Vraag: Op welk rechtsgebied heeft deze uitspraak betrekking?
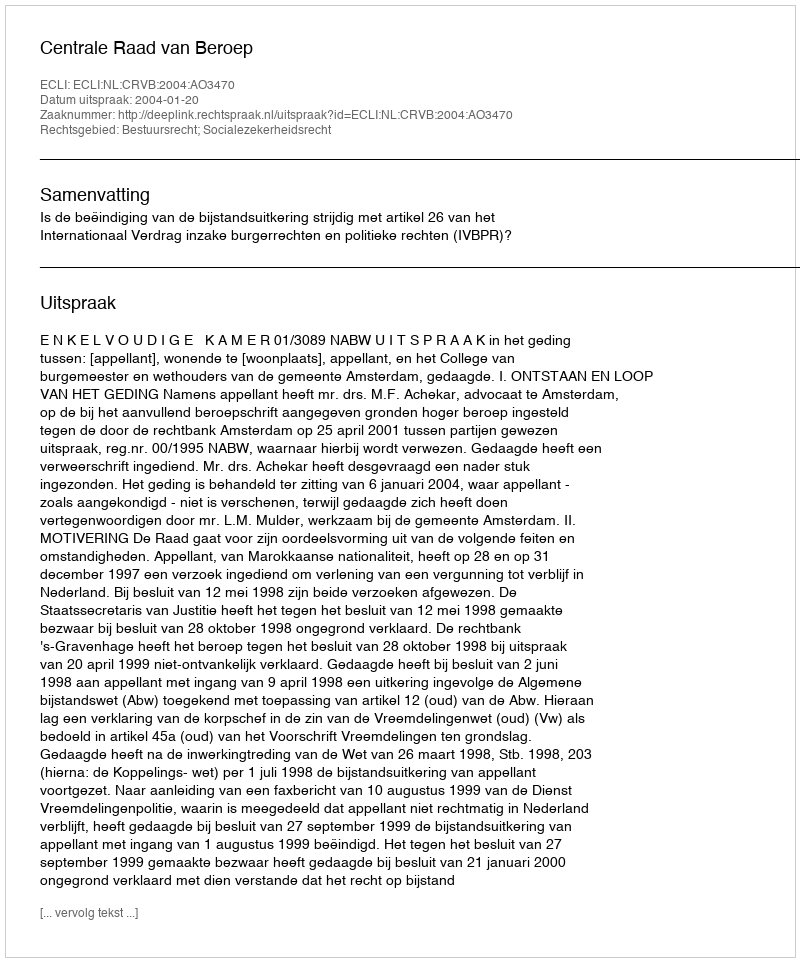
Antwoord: Bestuursrecht; Socialezekerheidsrecht